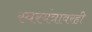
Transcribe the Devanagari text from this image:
स्वरयंत्रावरही